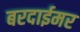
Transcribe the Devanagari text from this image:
बरदाईमर